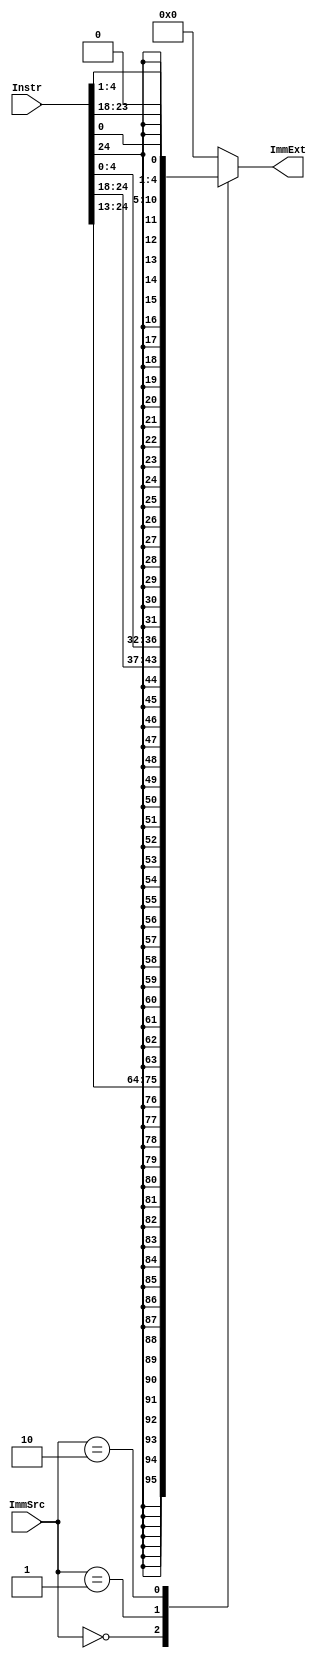
module Extend(
input [1:0] ImmSrc ,
input [31:7] Instr , //24:0]
output reg [31:0] ImmExt);

always@(*) begin
case(ImmSrc)
	2'b00: ImmExt={{20{Instr[31]}},Instr[31:20]};
	2'b01: ImmExt={{20{Instr[31]}},Instr[31:25],Instr[11:7]};
	2'b10: ImmExt={{20{Instr[31]}},Instr[7],Instr[30:25],Instr[11:8],1'b0};
	default: ImmExt=32'b0; //????

endcase
end

endmodule